Civil Veterinary Dept. Bombay admin report 1923-31 - 1923-1931
Year: 1923
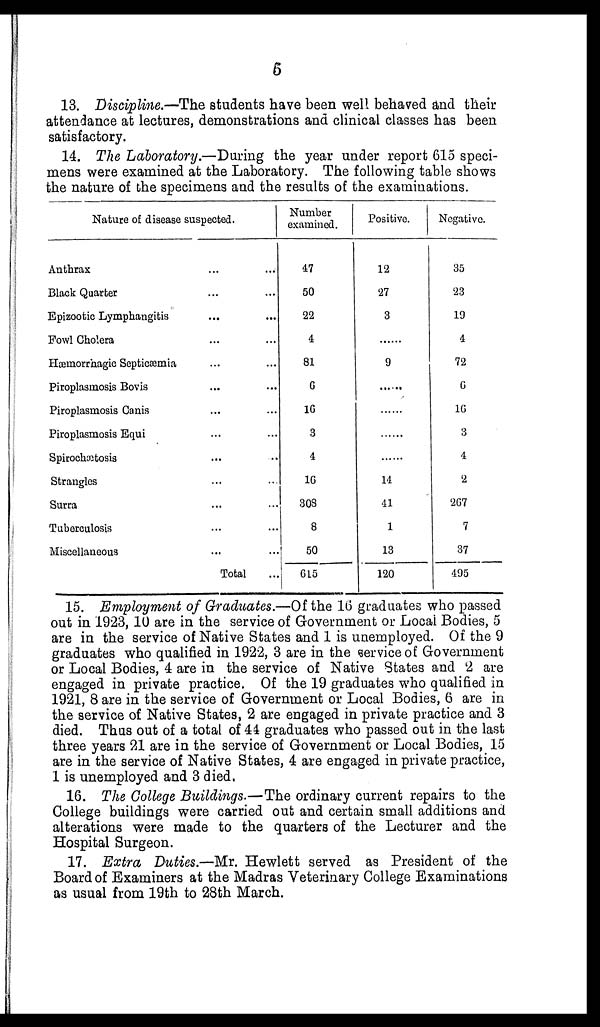
6
13. Discipline.—The students have been well behaved and their
attendance at lectures, demonstrations and clinical classes has been
satisfactory.
14. The Laboratory.—During the year under report 615 speci-
mens were examined at the Laboratory. The following table shows
the nature of the specimens and the results of the examinations.
Nature of disease suspected.
Anthrax
Black Quarter...
Epizootic Lymphangitis.....
Fowl Cholera
...
Hæmorrhagic Septicæmia
Piroplasmosis Bovis
....
Piroplasmosis Ganis
...
...
Piroplasmosis Equi
Spirochætosis
...
...
Strangles
Surra
Tuberculosis...
Miscellaneous......
Total
...
Number
examined.
47
50
22
4
81
6
16
3
4
16
308
8
50
615
Positive.
12
27
3
9
14
41
1
13
120
Negative.
35
23
19
4
72
6
16
3
4
2
267
7
37
495
15. Employment of Graduates.—Of the 16 graduates who passed
out in 1923, 10 are in the service of Government or Local Bodies, 5
are in the service of Native States and 1 is unemployed. Of the 9
graduates who qualified in 1922, 3 are in the service of Government
or Local Bodies, 4 are in the service of Native States and 2 are
engaged in private practice. Of the 19 graduates who qualified in
1921, 8 are in the service of Government or Local Bodies, 6 are in
the service of Native States, 2 are engaged in private practice and 3
died. Thus out of a total of 44 graduates who passed out in the last
three years 21 are in the service of Government or Local Bodies, 15
are in the service of Native States, 4 are engaged in private practice,
1 is unemployed and 3 died.
16. The College Buildings.—The ordinary current repairs to the
College buildings were carried out and certain small additions and
alterations were made to the quarters of the Lecturer and the
Hospital Surgeon.
17. Extra Duties.—Mr. Hewlett served as President of the
Board of Examiners at the Madras Veterinary College Examinations
as usual from 19th to 28th March.